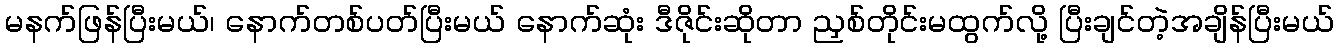
မနက်ဖြန်ပြီးမယ်၊ နောက်တစ်ပတ်ပြီးမယ် နောက်ဆုံး ဒီဇိုင်းဆိုတာ ညှစ်တိုင်းမထွက်လို့ ပြီးချင်တဲ့အချိန်ပြီးမယ်